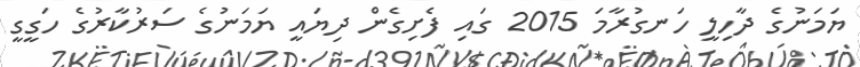
ޔަަމަނުގެ ދާހިލީ ހަނގުރާމަ 2015 ގައި ފެށިގެން ދިޔައީ ޔަމަނުގެ ސަރުކާރުގެ ހަގީގީ